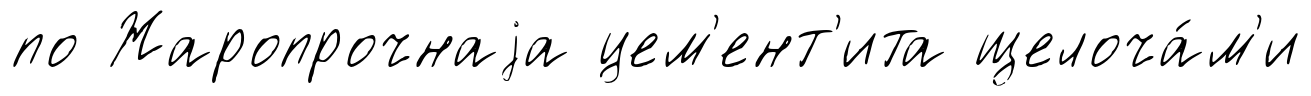
по Жаропрочнаjа цем'ент'ита щелоча́м'и